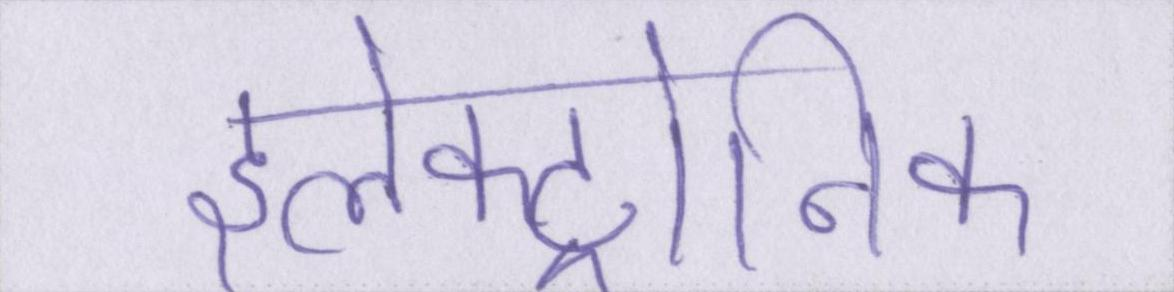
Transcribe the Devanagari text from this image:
इलेक्ट्रोनिक